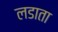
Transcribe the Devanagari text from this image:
लडाता